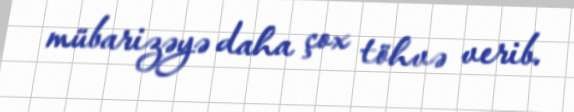
mübarizəyə daha çox töhvə verib.